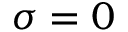
\sigma = 0